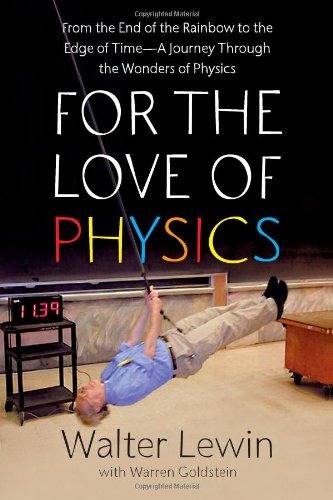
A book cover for For the Love of Physics: From the End of the Rainbow to the Edge Of Time - A Journey Through the Wonders of Physics; Walter Lewin; Science & Math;